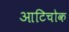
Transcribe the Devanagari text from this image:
आटिचोक